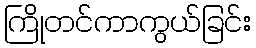
ကြိုတင်ကာကွယ်ခြင်း